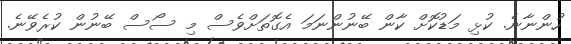
ހުންނާނެ. ކުޅި މަޑުކޮށް ކާން ބޭނުންނަމަ އެގޮތަށްވެސް މި ސޯސް ބޭނުން ކުރެވޭނެ.